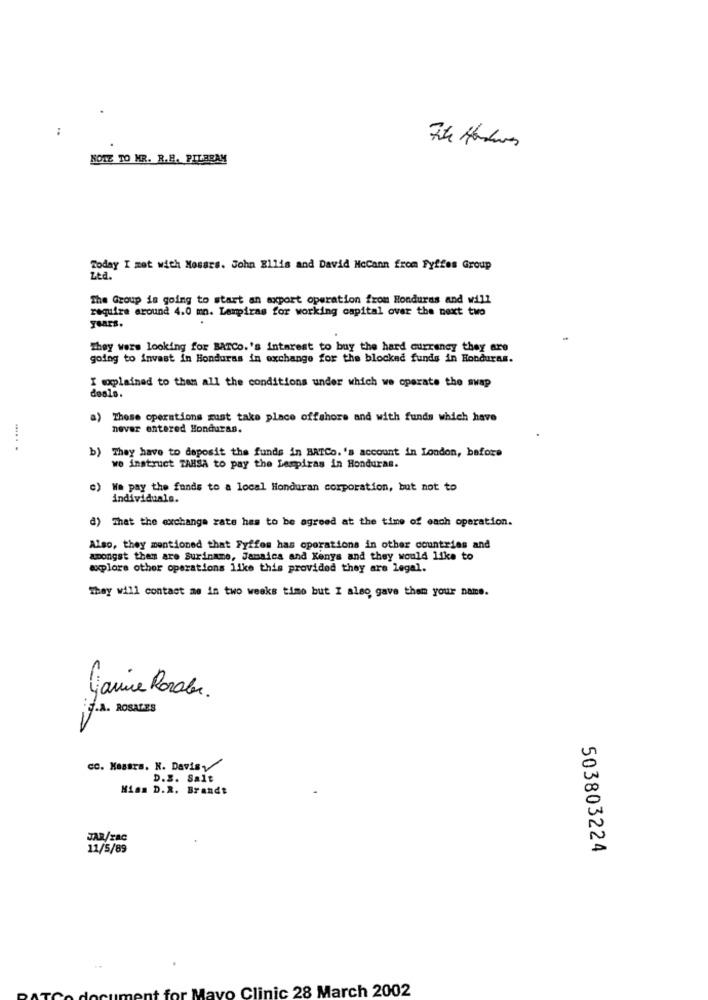
:
NOTE TO MR. R.H. PILARAM
Today I met with Nosars. John Ellis and David McCann from Fyffes Group
ZŁa."
The Group is going to start an export operation from Honduras and will
require around 4.0 mn. Lempiras for working capital over the next two
years.
They were looking for BATCO.'s interest to buy the hard currency they are
going to invest in Honduras in exchange for the blocked funds in Honduras.
I complained to them all the conditions under which we operate the swap
deals.
a) Those operations must take place offshore and with funds which have
never entered Honduras.
..... .
b) They have to deposit the funds in BATCo.'s account in London, before
wo instruct TARSA to pay the Lempiras in Honduras.
e)
We pay the funds to a local Honduran corporation, but not to
individuals.
d) That the exchange rate has to be agreed at the time of each operation.
Also, they mentioned that Fyffes has operations in other countries and
amongst them are Suriname, Jamaica and Kenya and they would like to
explore other operations like this provided they are legal.
They will contact me in two weeks time but I also gave then your name.
janine Rozalen.
F.A. ROSALES
cc. Kasara. N. Davis
D.S. Salt
Hiss D.R. Brandt
JAR/ZAC
11/5/89
503803224
for Mayo Clinic 28 March 2002